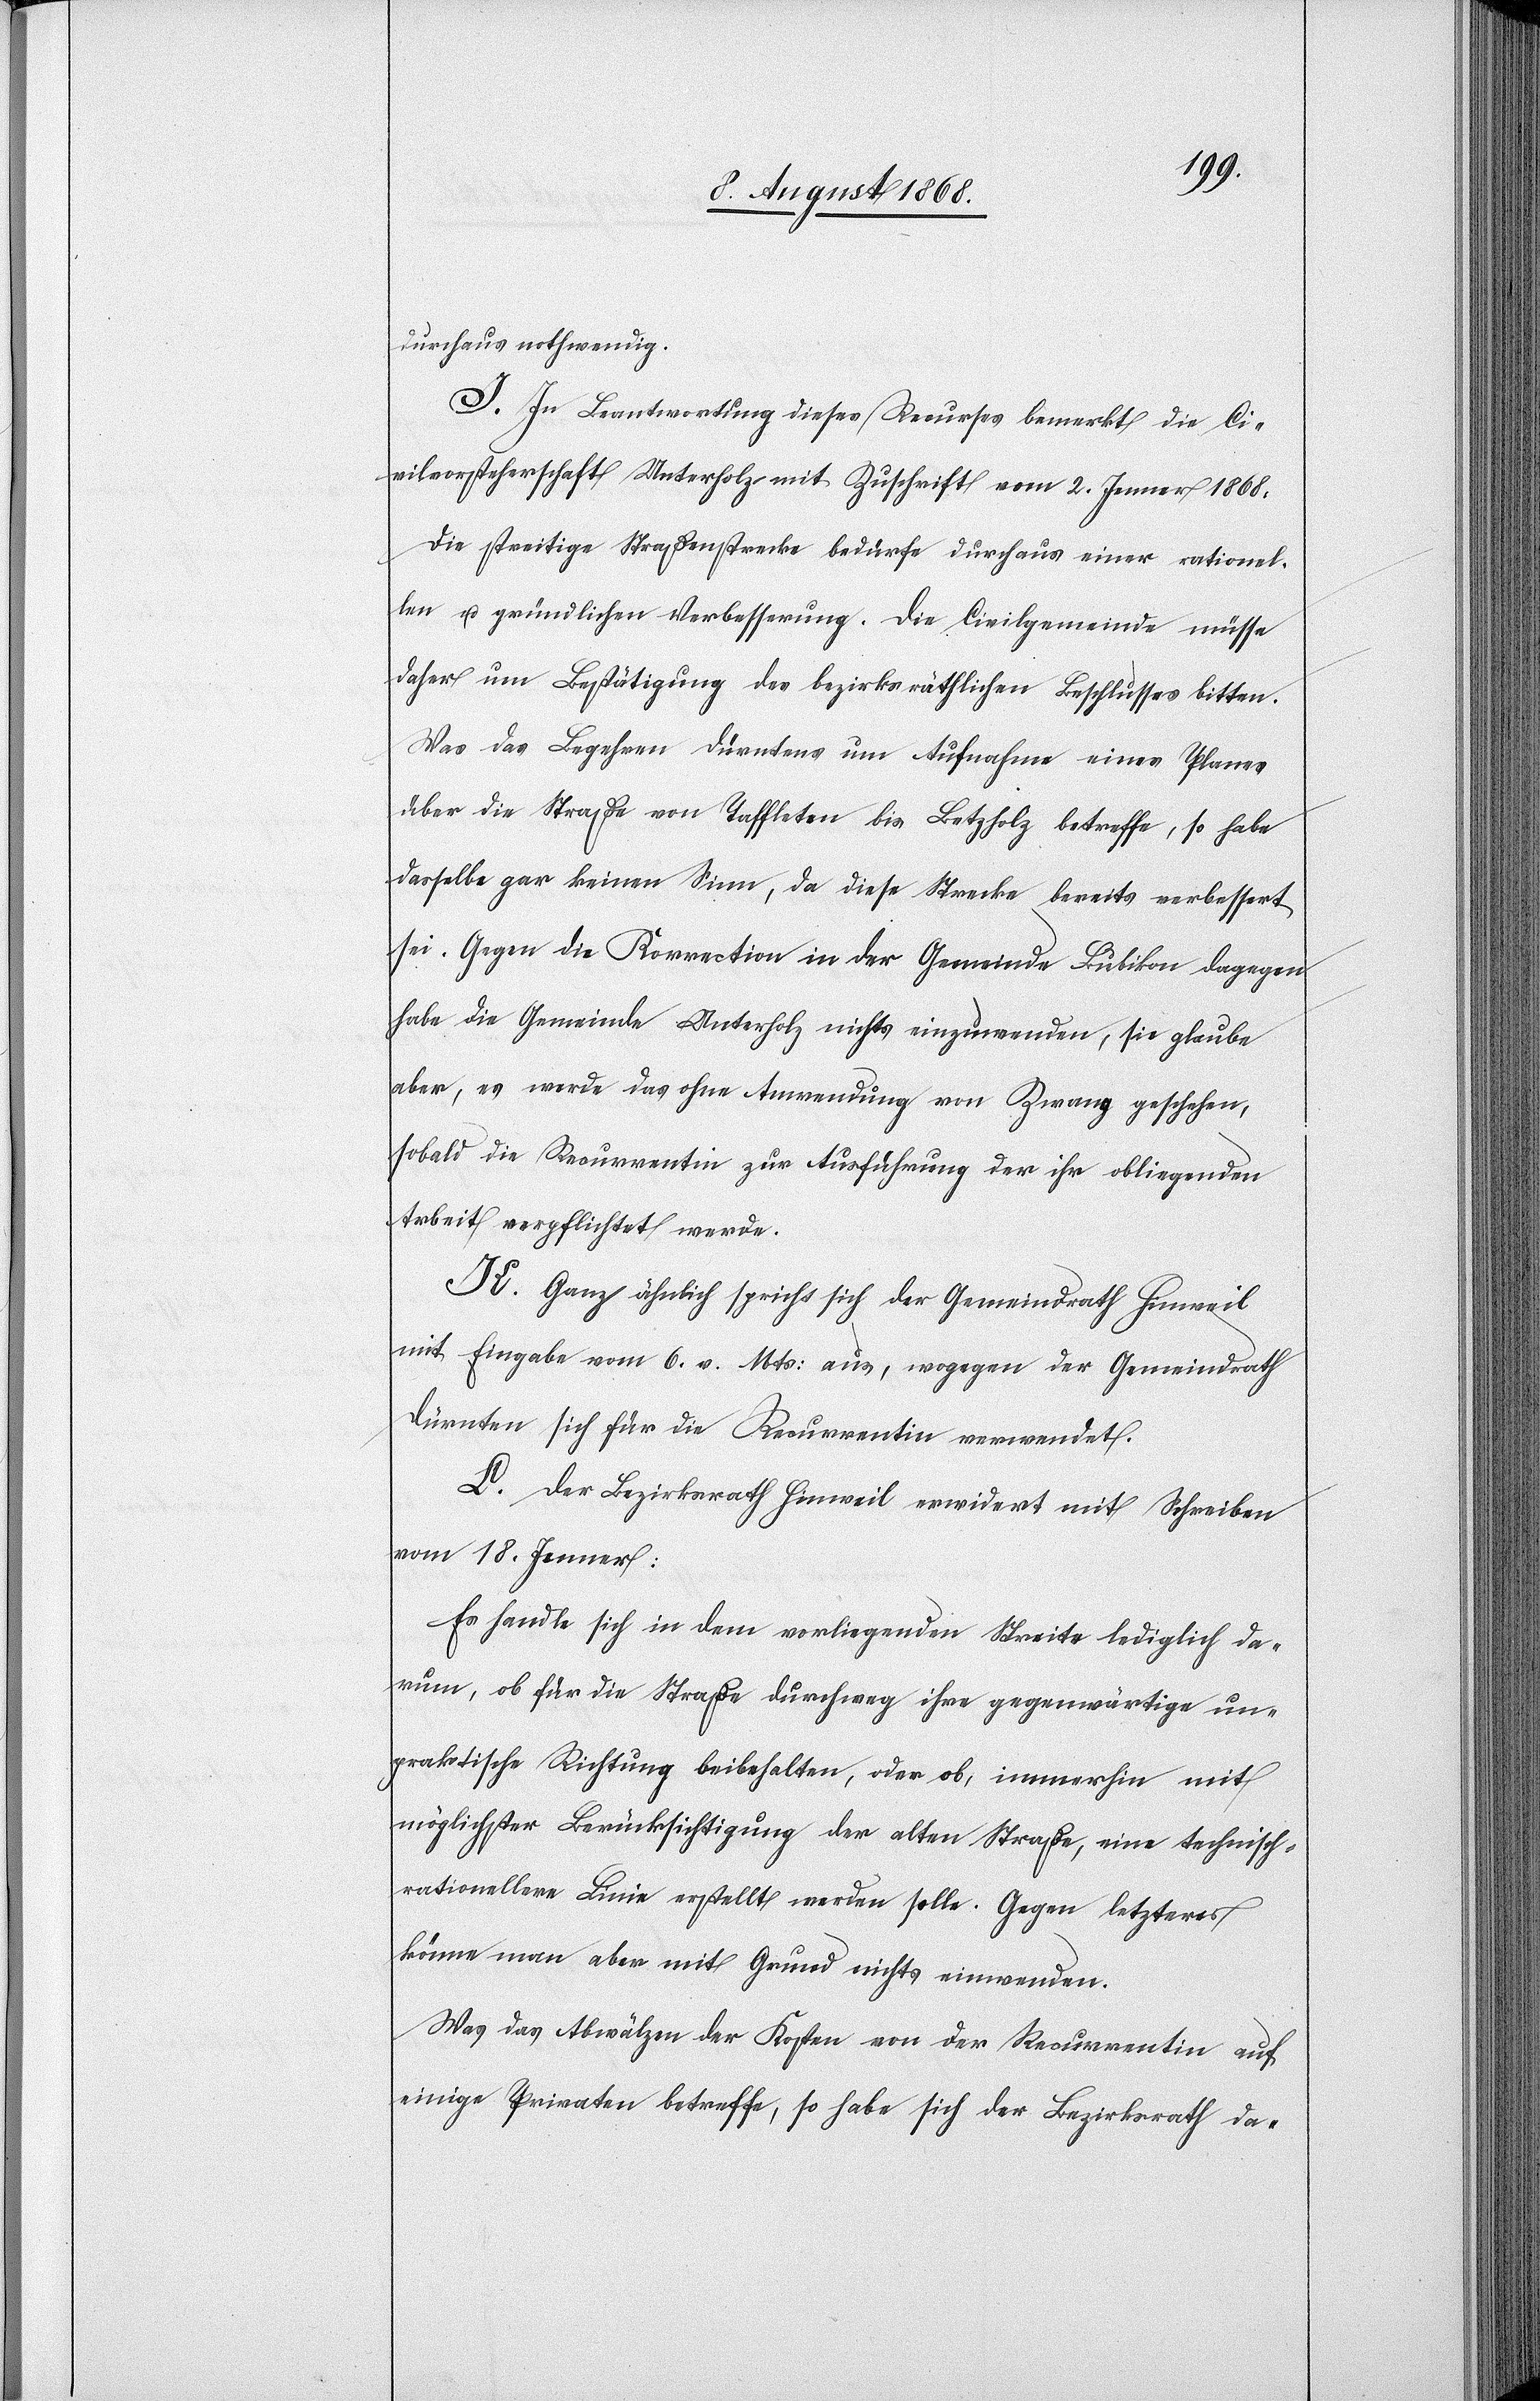
durchaus nothwendig.
I. In Beantwortung dieses Recurses bemerkt die Ci¬
vilvorsteherschaft Unterholz mit Zuschrift vom 2. Jenner 1868:
Die streitige Straßenstrecke bedürfe durchaus einer rationel¬
len u. gründlichen Verbesserung. Die Civilgemeinde müsse
daher um Bestätigung des bezirksräthlichen Beschlusses bitten.
Was das Begehren Dürntens um Aufnahme eines Planes
über die Straße von Taffleten bis Betzholz betreffe, so habe
dasselbe gar keinen Sinn, da diese Strecke bereits verbessert
sei. Gegen die Korrection in der Gemeinde Bubikon dagegen
habe die Gemeinde Unterholz nichts einzuwenden, sie glaube
aber, es werde das ohne Anwendung von Zwang geschehen,
sobald die Recurrentin zur Ausführung der ihr obliegenden
Arbeit verpflichtet werde.
K. Ganz ähnlich spricht sich der Gemeindrath Hinweil
mit Eingabe vom 6. v. Mts: aus, wogegen der Gemeindrath
Dürnten sich für die Recurrentin verwendet.
L. Der Bezirksrath Hinweil erwidert mit Schreiben
vom 18. Jenner:
Es handle sich in dem vorliegenden Streite lediglich da¬
rum, ob für die Straße durchweg ihre gegenwärtige un¬
praktische Richtung beibehalten, oder ob, immerhin mit
möglichster Berücksichtigung der alten Straße, eine technisch-r¬
ationellere Linie erstellt werden solle. Gegen letzteres
könne man aber mit Grund nichts einwenden.
Was das Abwälzen der Kosten von der Recurrentin auf
einige Privaten betreffe, so habe sich der Bezirksrath da-